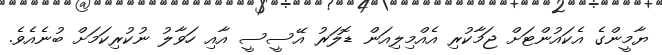
ޔާމީންގެ އެކައުންޓަށް ޖަމާކުރި އެއްމިލިއަން ޑޮލަރު އޭސީސީ އާއި ހަވާލު ނުކުރިކަމަށް ބުނެއެވެ.